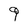
Character: 9